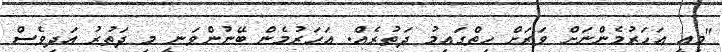
"މިއީ އަހަރުމެންނަށް ވަރަށް ހިތްގައިމު ދަތުރެއް. އަހަރުމެން ބޭނުންވަނީ މި ދަތުރު އަދިވެސް